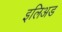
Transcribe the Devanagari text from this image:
इलिअड